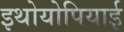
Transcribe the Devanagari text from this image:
इथोयोपियाई